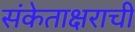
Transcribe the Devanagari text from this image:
संकेताक्षराची